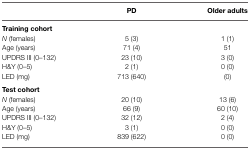
|  | PD | Older adults |
 | --- | --- | --- |
 | Training cohort |
 | N (females) | 5 (3) | 1 (1) |
 | Age (years) | 71 (4) | 51 |
 | UPDRS III (0–132) | 23 (10) | 3 (0) |
 | H&Y (0–5) | 2 (1) | 0 (0) |
 | LED (mg) | 713 (640) | (0) |
 | Test cohort |
 | N (females) | 20 (10) | 13 (6) |
 | Age (years) | 66 (9) | 60 (10) |
 | UPDRS III (0–132) | 32 (12) | 2 (4) |
 | H&Y (0–5) | 3 (1) | 0 (0) |
 | LED (mg) | 839 (622) | 0 (0) |